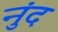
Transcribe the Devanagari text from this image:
नुंद